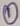
Text: 1